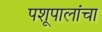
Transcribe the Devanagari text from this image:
पशूपालांचा